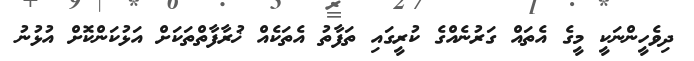
ދިވެހީންނަކީ މީގެ އެތައް ގަރުނެއްގެ ކުރީގައި ތަފާތު އެތަކެއް ޚުރާފާތްތަކަށް އަޅުކަންކޮށް އުޅުނު